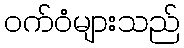
ဝက်ဝံများသည်